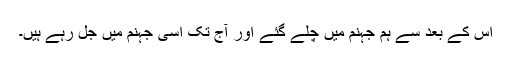
اس کے بعد سے ہم جہنم میں چلے گئے اور آج تک اسی جہنم میں جل رہے ہیں۔